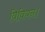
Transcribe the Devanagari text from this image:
विवियन।